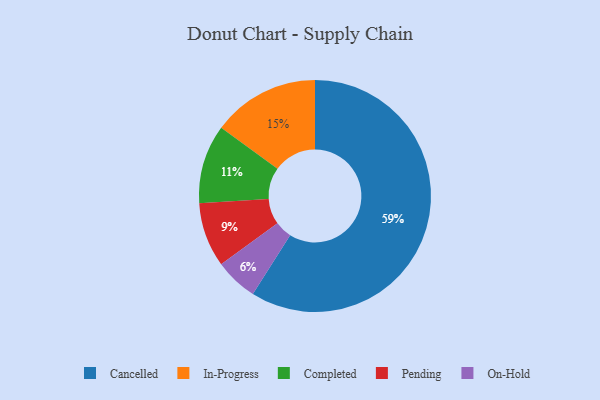
{"axis": {"x": "Category", "y": "Percentage"}, "legend": ["Cancelled", "Completed", "In-Progress", "On-Hold", "Pending"], "data": [{"x": "On-Hold", "y": 6, "type": "On-Hold"}, {"x": "Pending", "y": 9, "type": "Pending"}, {"x": "Completed", "y": 11, "type": "Completed"}, {"x": "In-Progress", "y": 15, "type": "In-Progress"}, {"x": "Cancelled", "y": 59, "type": "Cancelled"}]}